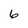
Character: 6